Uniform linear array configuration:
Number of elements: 16
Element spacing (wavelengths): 0.25
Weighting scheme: uniform
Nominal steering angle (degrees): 15
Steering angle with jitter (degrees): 16.981
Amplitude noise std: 0.05
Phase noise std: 0.05

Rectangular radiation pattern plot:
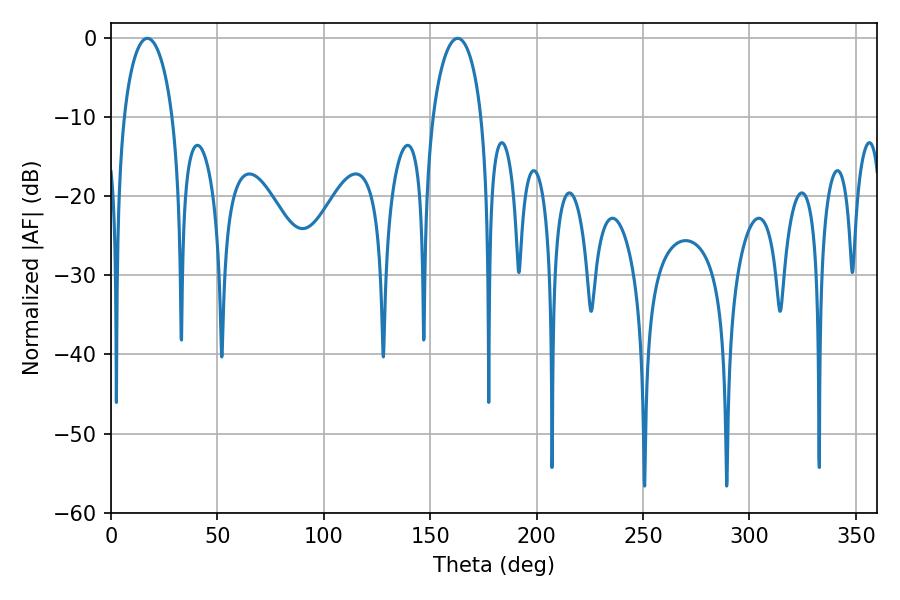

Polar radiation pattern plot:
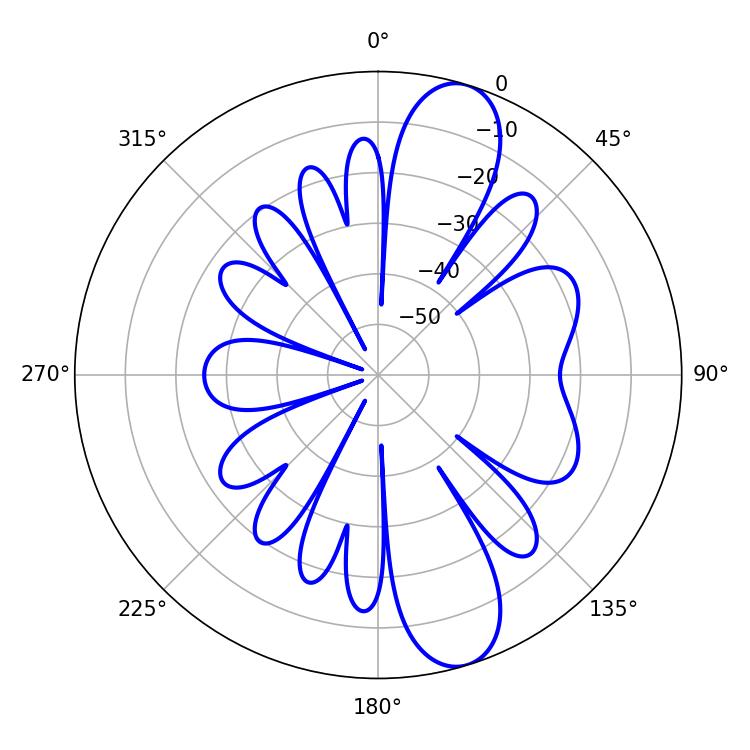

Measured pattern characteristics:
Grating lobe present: FALSE
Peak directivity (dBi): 11.096
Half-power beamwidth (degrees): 13.14
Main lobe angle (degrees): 17.1